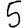
Digit: 5